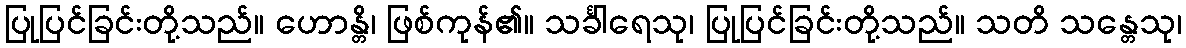
ပြုပြင်ခြင်းတို့သည်။ ဟောန္တိ၊ ဖြစ်ကုန်၏။ သင်္ခါရေသု၊ ပြုပြင်ခြင်းတို့သည်။ သတိ သန္တေသု၊